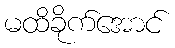
မထိခိုက်အောင်